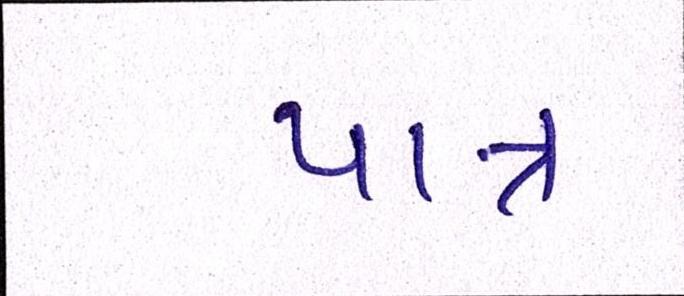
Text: પાત્ર